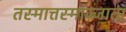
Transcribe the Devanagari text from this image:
तस्मात्तस्माज्जाता